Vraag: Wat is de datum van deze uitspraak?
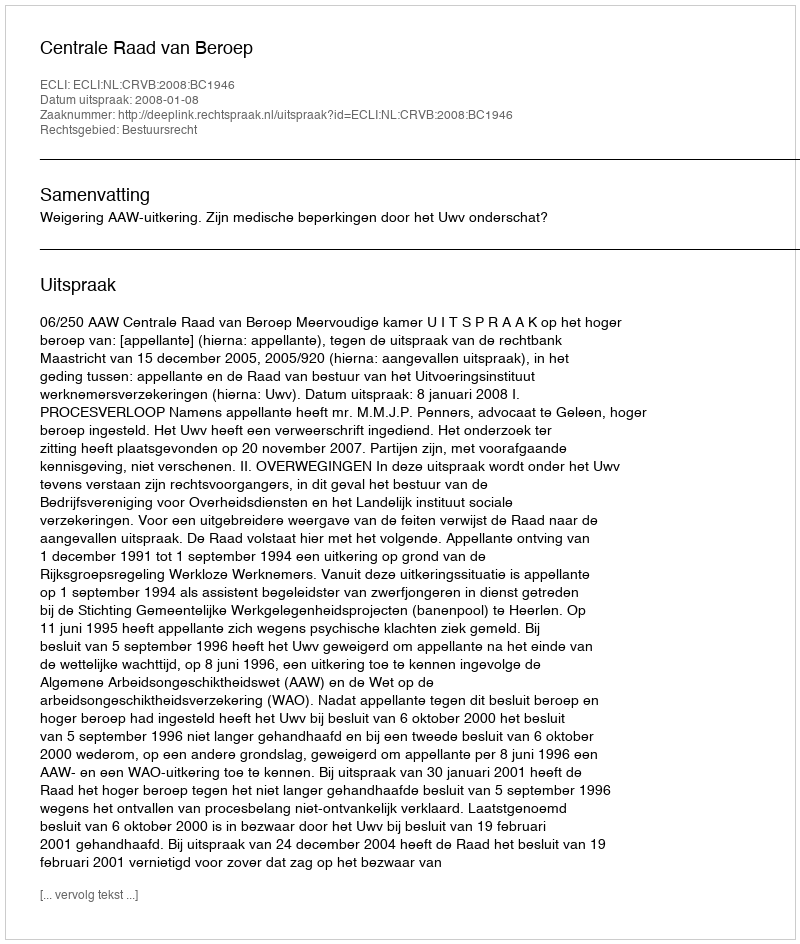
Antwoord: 2008-01-08